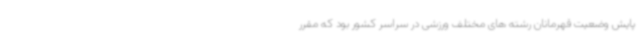
پایش وضعیت قهرمانان رشته های مختلف ورزشی در سراسر کشور بود که مقرر